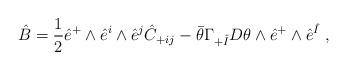
LaTeX: \begin{align*}\hat{B} = \frac{1}{2} \hat{e}^+ \wedge \hat{e}^i \wedge \hat{e}^j \hat{C}_{+ij} - \bar{\theta} \Gamma_{+\hat{I}} D \theta \wedge \hat{e}^+ \wedge \hat{e}^{\hat I} ~,\end{align*}